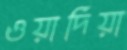
ওয়াদিয়া